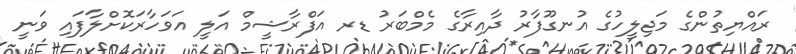
ރައްޔިތުންގެ މަޖިލީހުގެ އުނގޫފާރު ދާއިރާގެ މެމްބަރު ޑރ އަފްރާޝީމް އަލީ އަވަހާރަކޮށްލާފައި ވަނީ